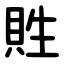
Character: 貹